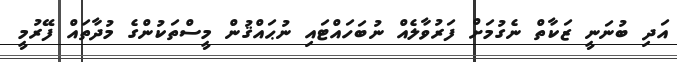
އަދި ބުނަނީ ޒަކާތް ނެގުމަށް ފަރުވާލެއް ނުބަހައްޓައި ނުޙައްޤުން މީސްތަކުންގެ މުދާތައް ފޭރުމީ